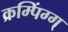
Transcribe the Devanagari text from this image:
क्रम्पिंग्ग्